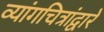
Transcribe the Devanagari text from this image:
व्यांगचित्रांद्वारे